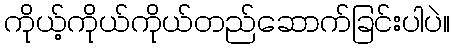
ကိုယ့်ကိုယ်ကိုယ်တည်ဆောက်ခြင်းပါပဲ။